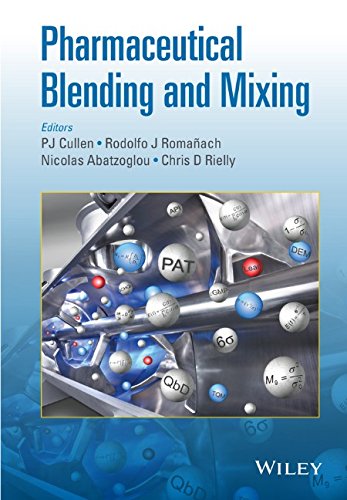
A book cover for Pharmaceutical Blending and Mixing; Medical Books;